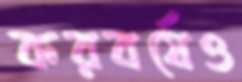
করবর্ষেও